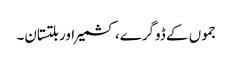
جموں کے ڈوگرے، کشمیر اور بلتستان۔